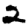
Digit: 2